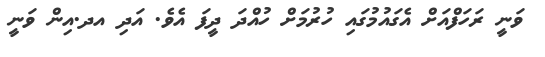
ވަނީ ރަހަފްއަށް އެގައުމުގައި ހުރުމަށް ހުއްދަ ދީފަ އެވެ. އަދި އދ.އިން ވަނީ